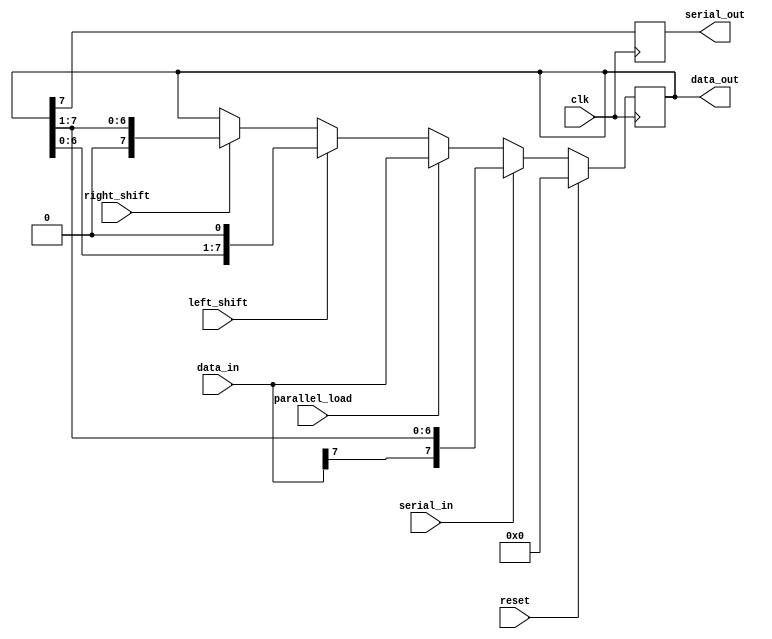
module universal_shift_register (
    input wire clk,
    input wire reset,
    input wire right_shift,
    input wire left_shift,
    input wire parallel_load,
    input wire serial_in,
    output reg serial_out,
    input wire [7:0] data_in,
    output reg [7:0] data_out
);

reg [7:0] reg_data;

always @(posedge clk) begin
    if (reset) begin
        reg_data <= 8'b0;
    end else begin
        if (right_shift) begin
            reg_data <= {1'b0, reg_data[7:1]};
        end
        if (left_shift) begin
            reg_data <= {reg_data[6:0], 1'b0};
        end
        if (parallel_load) begin
            reg_data <= data_in;
        end
        if (serial_in) begin
            reg_data <= {data_in[7], reg_data[7:1]};
        end
    end
end

assign data_out = reg_data;

always @(posedge clk) begin
    serial_out <= reg_data[7];
end

endmodule